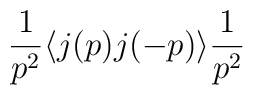
\frac{1}{p^2} \langle j(p) j(-p) \rangle \frac{1}{p^2}